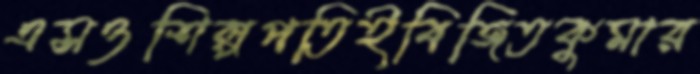
এসওশিল্পপতিইবিজিতকুমার